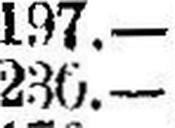
230.—